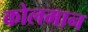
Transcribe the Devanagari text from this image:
कोलमान